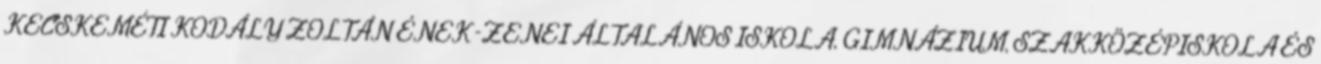
KECSKEMÉTI KODÁLY ZOLTÁN ÉNEK-ZENEI ÁLTALÁNOS ISKOLA, GIMNÁZIUM, SZAKKÖZÉPISKOLA ÉS